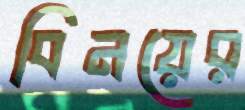
বিনয়ের